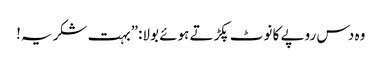
وہ دس روپے کا نوٹ پکڑتے ہوئے بولا:”بہت شکریہ!